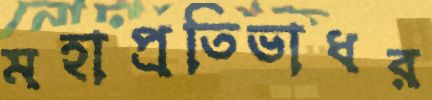
মহাপ্রতিভাধর